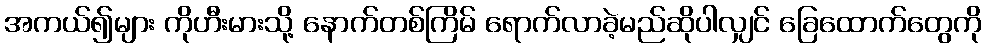
အကယ်၍များ ကိုဟီးမားသို့ နောက်တစ်ကြိမ် ရောက်လာခဲ့မည်ဆိုပါလျှင် ခြေထောက်တွေကို